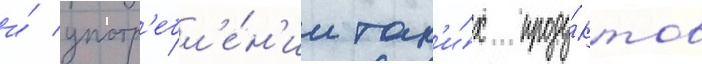
и́ употр'ебл'е́н'ии так'и́х проду́ктов